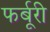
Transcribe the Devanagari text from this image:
फर्बूरी